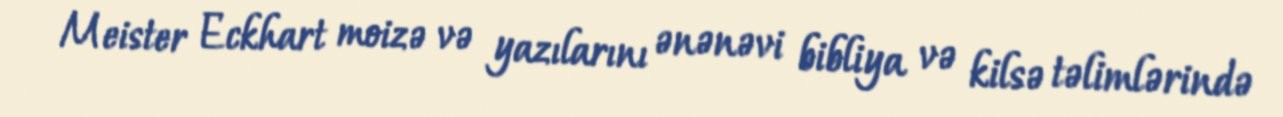
Meister Eckhart moizə və yazılarını ənənəvi bibliya və kilsə təlimlərində